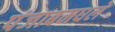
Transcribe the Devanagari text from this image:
पंजाबमधले